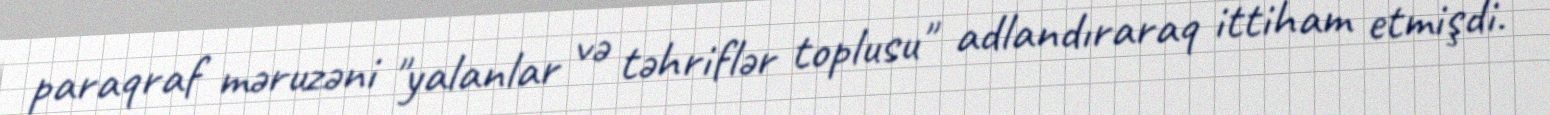
paraqraf məruzəni "yalanlar və təhriflər toplusu" adlandıraraq ittiham etmişdi.